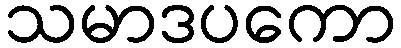
သမာဒပကော